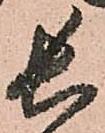
長